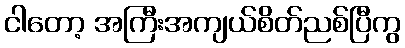
ငါတော့ အကြီးအကျယ်စိတ်ညစ်ပြီကွ